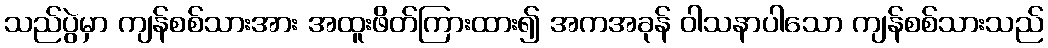
သည်ပွဲမှာ ကျန်စစ်သားအား အထူးဖိတ်ကြားထား၍ အကအခုန် ဝါသနာပါသော ကျန်စစ်သားသည်